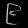
Digit: ၉